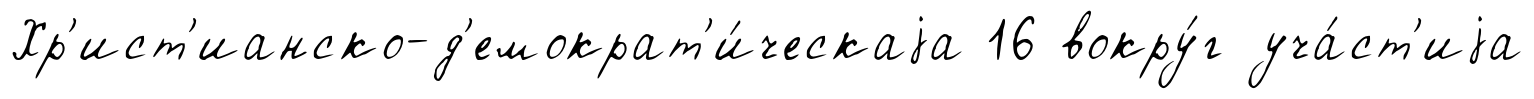
Хр'ист'ианско-д'емократ'и́ческаjа 16 вокру́г уча́ст'иjа